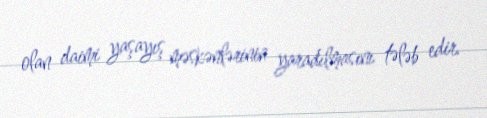
olan daimi yaşayış məskənlərinin yaradılmasını tələb edir.